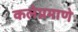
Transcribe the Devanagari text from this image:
कलेप्रमाणे